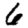
Digit: 6